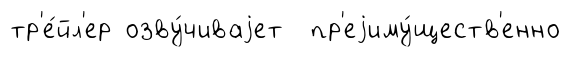
тр'е́йл'ер озву́чиваjет пр'еjиму́ществ'енно